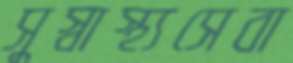
সুস্বাস্থ্যসেবা